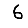
Digit: 6